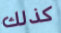
كذلك